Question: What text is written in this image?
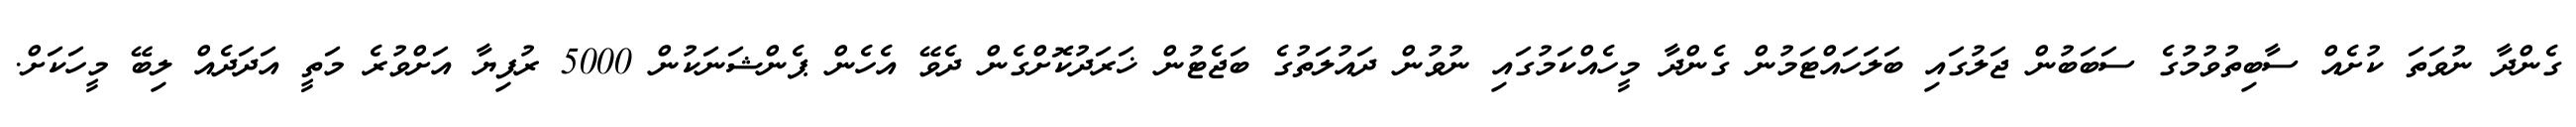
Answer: ގެންދާ ނުވަތަ ކުށެއް ސާބިތުވުމުގެ ސަބަބުން ޖަލުގައި ބަލަހައްޓަމުން ގެންދާ މީހެއްކަމުގައި ނުވުން ދައުލަތުގެ ބަޖެޓުން ޚަރަދުކޮށްގެން ދެވޭ އެހެން ޕެންޝަނަކުން 5000 ރުފިޔާ އަށްވުރެ މަތީ އަދަދެއް ލިބޭ މީހަކަށް.